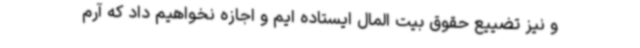
و نیز تضییع حقوق بیت المال ایستاده ایم و اجازه نخواهیم داد که آرم